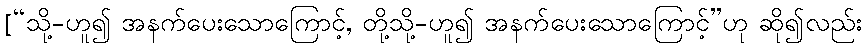
[“သို့-ဟူ၍ အနက်ပေးသောကြောင့်, တို့သို့-ဟူ၍ အနက်ပေးသောကြောင့်”ဟု ဆို၍လည်း